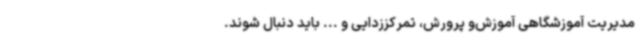
مدیریت آموزشگاهی آموزش‌و پرورش، تمرکززدایی و ... باید دنبال شوند.